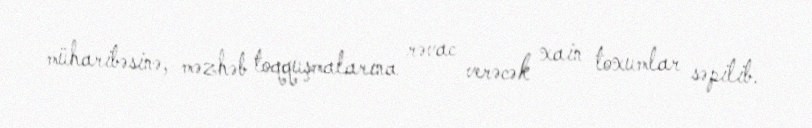
müharibəsinə, məzhəb toqquşmalarına rəvac verəcək xain toxumlar səpilib.